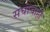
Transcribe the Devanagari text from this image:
संघांचाही